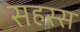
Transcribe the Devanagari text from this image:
सहस्स